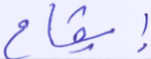
إيقاع